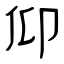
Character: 仰